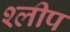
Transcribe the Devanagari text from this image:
श्लीप